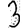
Digit: 3